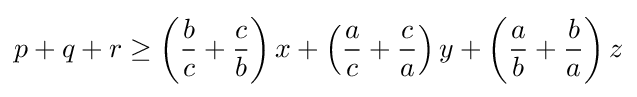
p+q+r\geq \left({\frac {b}{c}}+{\frac {c}{b}}\right)x+\left({\frac {a}{c}}+{\frac {c}{a}}\right)y+\left({\frac {a}{b}}+{\frac {b}{a}}\right)z